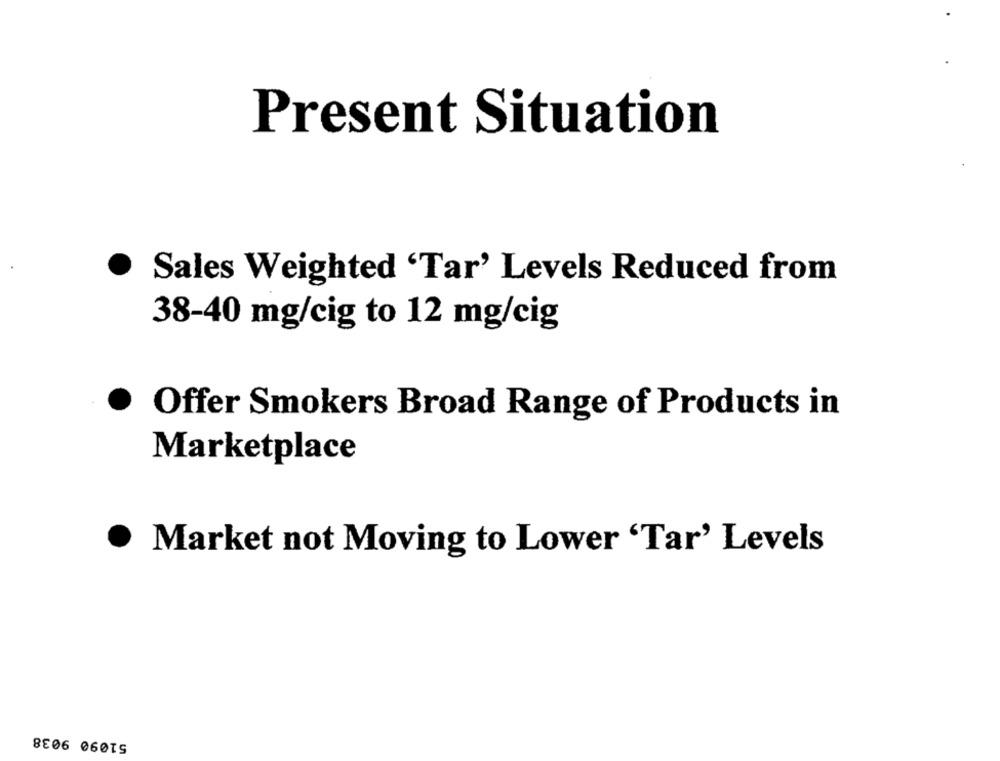
Present Situation
.
Sales Weighted 'Tar' Levels Reduced from
38-40 mg/cig to 12 mg/cig
Offer Smokers Broad Range of Products in
Marketplace
.
Market not Moving to Lower 'Tar' Levels
51090 9038